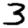
Digit: 3